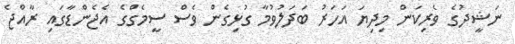
ނަޝީދުގެ ވެރިކަން މިދިޔަ އަހަރު ބަދަލުވުމާ ގުޅިގެން ވެސް ސީމެގްގެ އެޖެންޑާގައި ރާއްޖެ